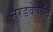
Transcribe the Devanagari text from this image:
नरडवेपर्यंत